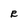
Character: r